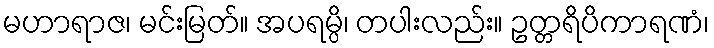
မဟာရာဇ၊ မင်းမြတ်။ အပရမ္ပိ၊ တပါးလည်း။ ဥတ္တရိပိကာရဏံ၊